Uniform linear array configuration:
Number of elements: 8
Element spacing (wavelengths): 0.5
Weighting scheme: hamming
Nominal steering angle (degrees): -30
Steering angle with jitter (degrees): -30.884
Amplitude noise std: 0.05
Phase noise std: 0.05

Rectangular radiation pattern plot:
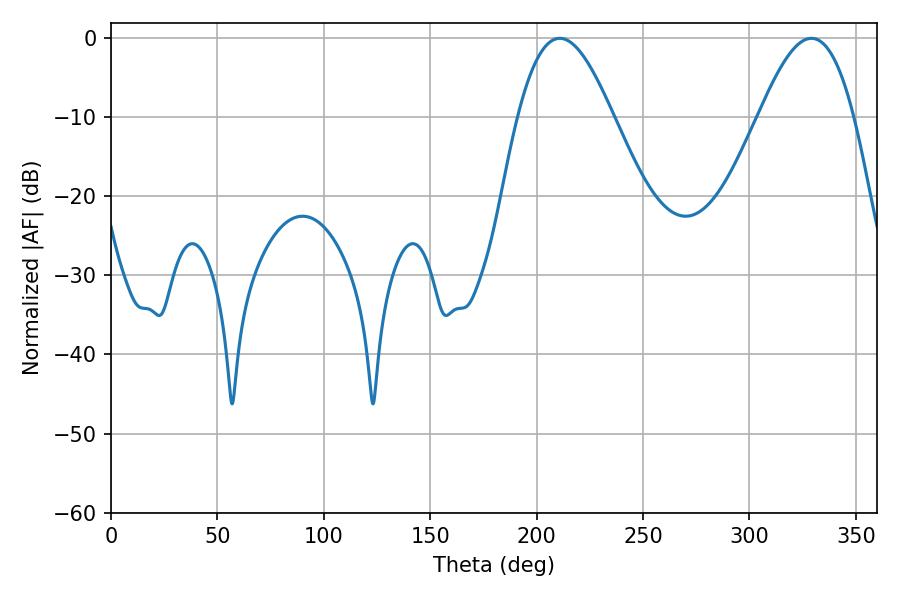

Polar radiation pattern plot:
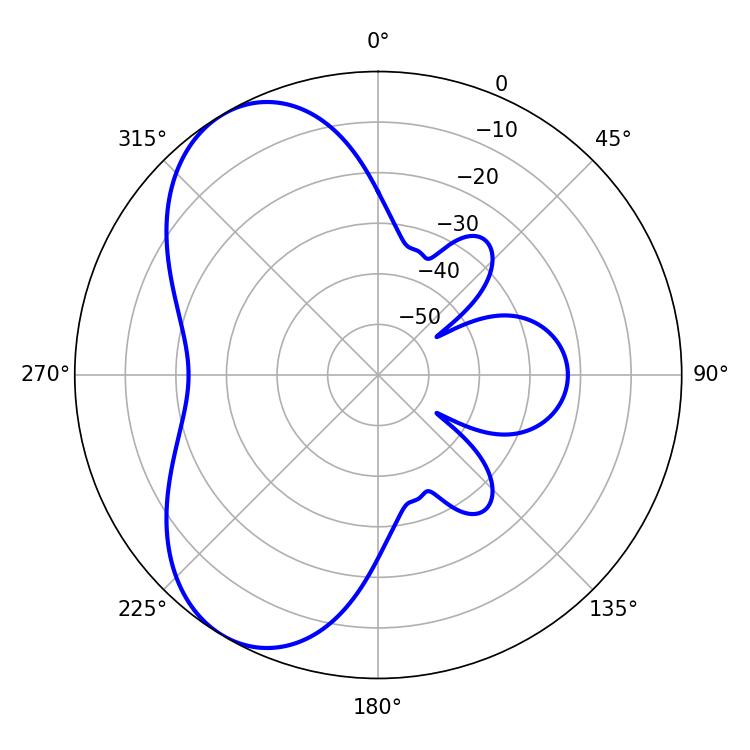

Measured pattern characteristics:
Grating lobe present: FALSE
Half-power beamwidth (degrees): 24.12
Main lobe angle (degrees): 210.96